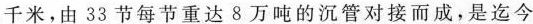
千米，由 33 节每节重达 8 万吨的沉管对接而成，是迄今